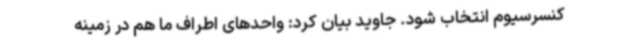
کنسرسیوم انتخاب شود. جاوید بیان کرد: واحدهای اطراف ما هم در زمینه